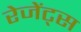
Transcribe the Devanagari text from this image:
रेजेंट्स